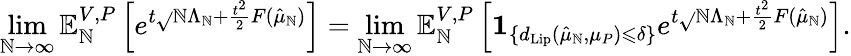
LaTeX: \operatorname*{lim}_{\mathbb{N}\to\infty}\mathbb{{E}}_{\mathbb{N}}^{V,P}\left[e^{t\sqrt{}{{\mathbb{N}}}\Lambda_{\mathbb{N}}+\frac{{t^{2}}}{{2}}F(\hat{{\mu}}_{\mathbb{N}})}\right]=\operatorname*{lim}_{\mathbb{N}\to\infty}\mathbb{{E}}_{\mathbb{N}}^{V,P}\left[\mathbf{{1}}_{\{ d_{\mathrm{{Lip}}}(\hat{{\mu}}_{\mathbb{N}},\mu_{P})\leqslant\delta\} }e^{t\sqrt{}{{\mathbb{N}}}\Lambda_{\mathbb{N}}+\frac{{t^{2}}}{{2}}F(\hat{{\mu}}_{\mathbb{N}})}\right].